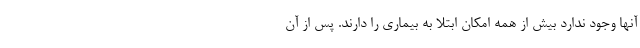
آنها وجود ندارد بیش از همه امکان ابتلا به بیماری را دارند. پس از آن‌